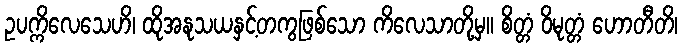
ဥပက္ကိလေသေဟိ၊ ထိုအနုသယနှင့်တကွဖြစ်သော ကိလေသာတို့မှ။ စိတ္တံ ဝိမုတ္တံ ဟောတီတိ၊